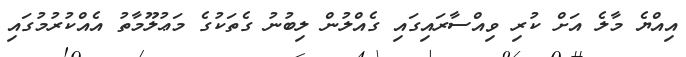
އިއްޔެ މާލެ އަށް ކުރި ވިއްސާރައިގައި ގެއްލުން ލިބުނު ގެތަކުގެ މަޢުލޫމާތު އެއްކުރުމުގައި